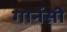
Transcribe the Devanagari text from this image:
गार्नसी